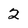
Character: 2